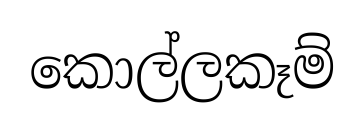
කොල්ලකෑම්